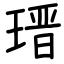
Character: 瑨